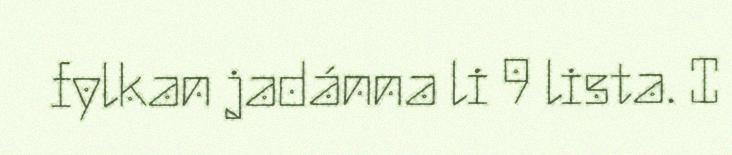
fylkan jadánna li 9 lista. I